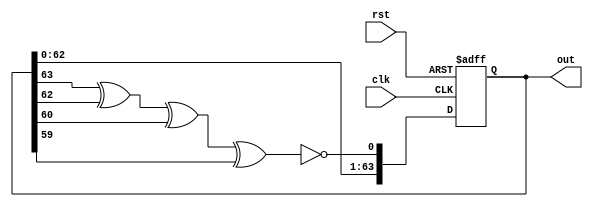
// This program was cloned from: https://github.com/MiSTeX-devel/MiSTeX-ports
// License: BSD 3-Clause "New" or "Revised" License

module lfsr (out, clk, rst);

   output reg [63:0] out;
   input clk, rst;

   wire feedback;

   assign feedback = ~(out[63] ^ out[62] ^ out[60] ^ out[59]);

   always @(posedge clk, posedge rst)
   begin
    if (rst)
       out <= 64'b0;
    else
      out <= {out[62:0],feedback};
    end

 endmodule